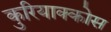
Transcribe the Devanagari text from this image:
कुरियाक्कोस